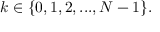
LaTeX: k \in \{ 0 , 1 , 2 , . . . , N - 1 \} .